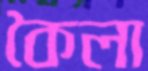
কৈলা